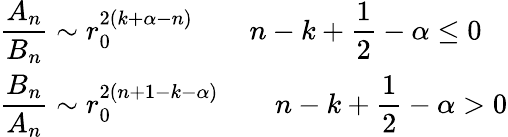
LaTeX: \begin{array}{l}{{\displaystyle{\frac{A_{n}}{B_{n}}}\sim r_{0}^{2\left(k+\alpha-n\right)}\qquad n-k+\frac{1}{2}-\alpha\leq 0}}\\ {{\displaystyle{\frac{B_{n}}{A_{n}}}\sim r_{0}^{2\left(n+1-k-\alpha\right)}\qquad n-k+\frac{1}{2}-\alpha>0}}\end{array}